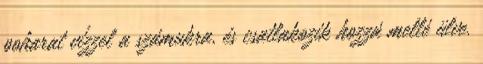
poharat vízzel a számukra, és csatlakozik hozzá mellé ülve.